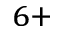
^ { 6 + }